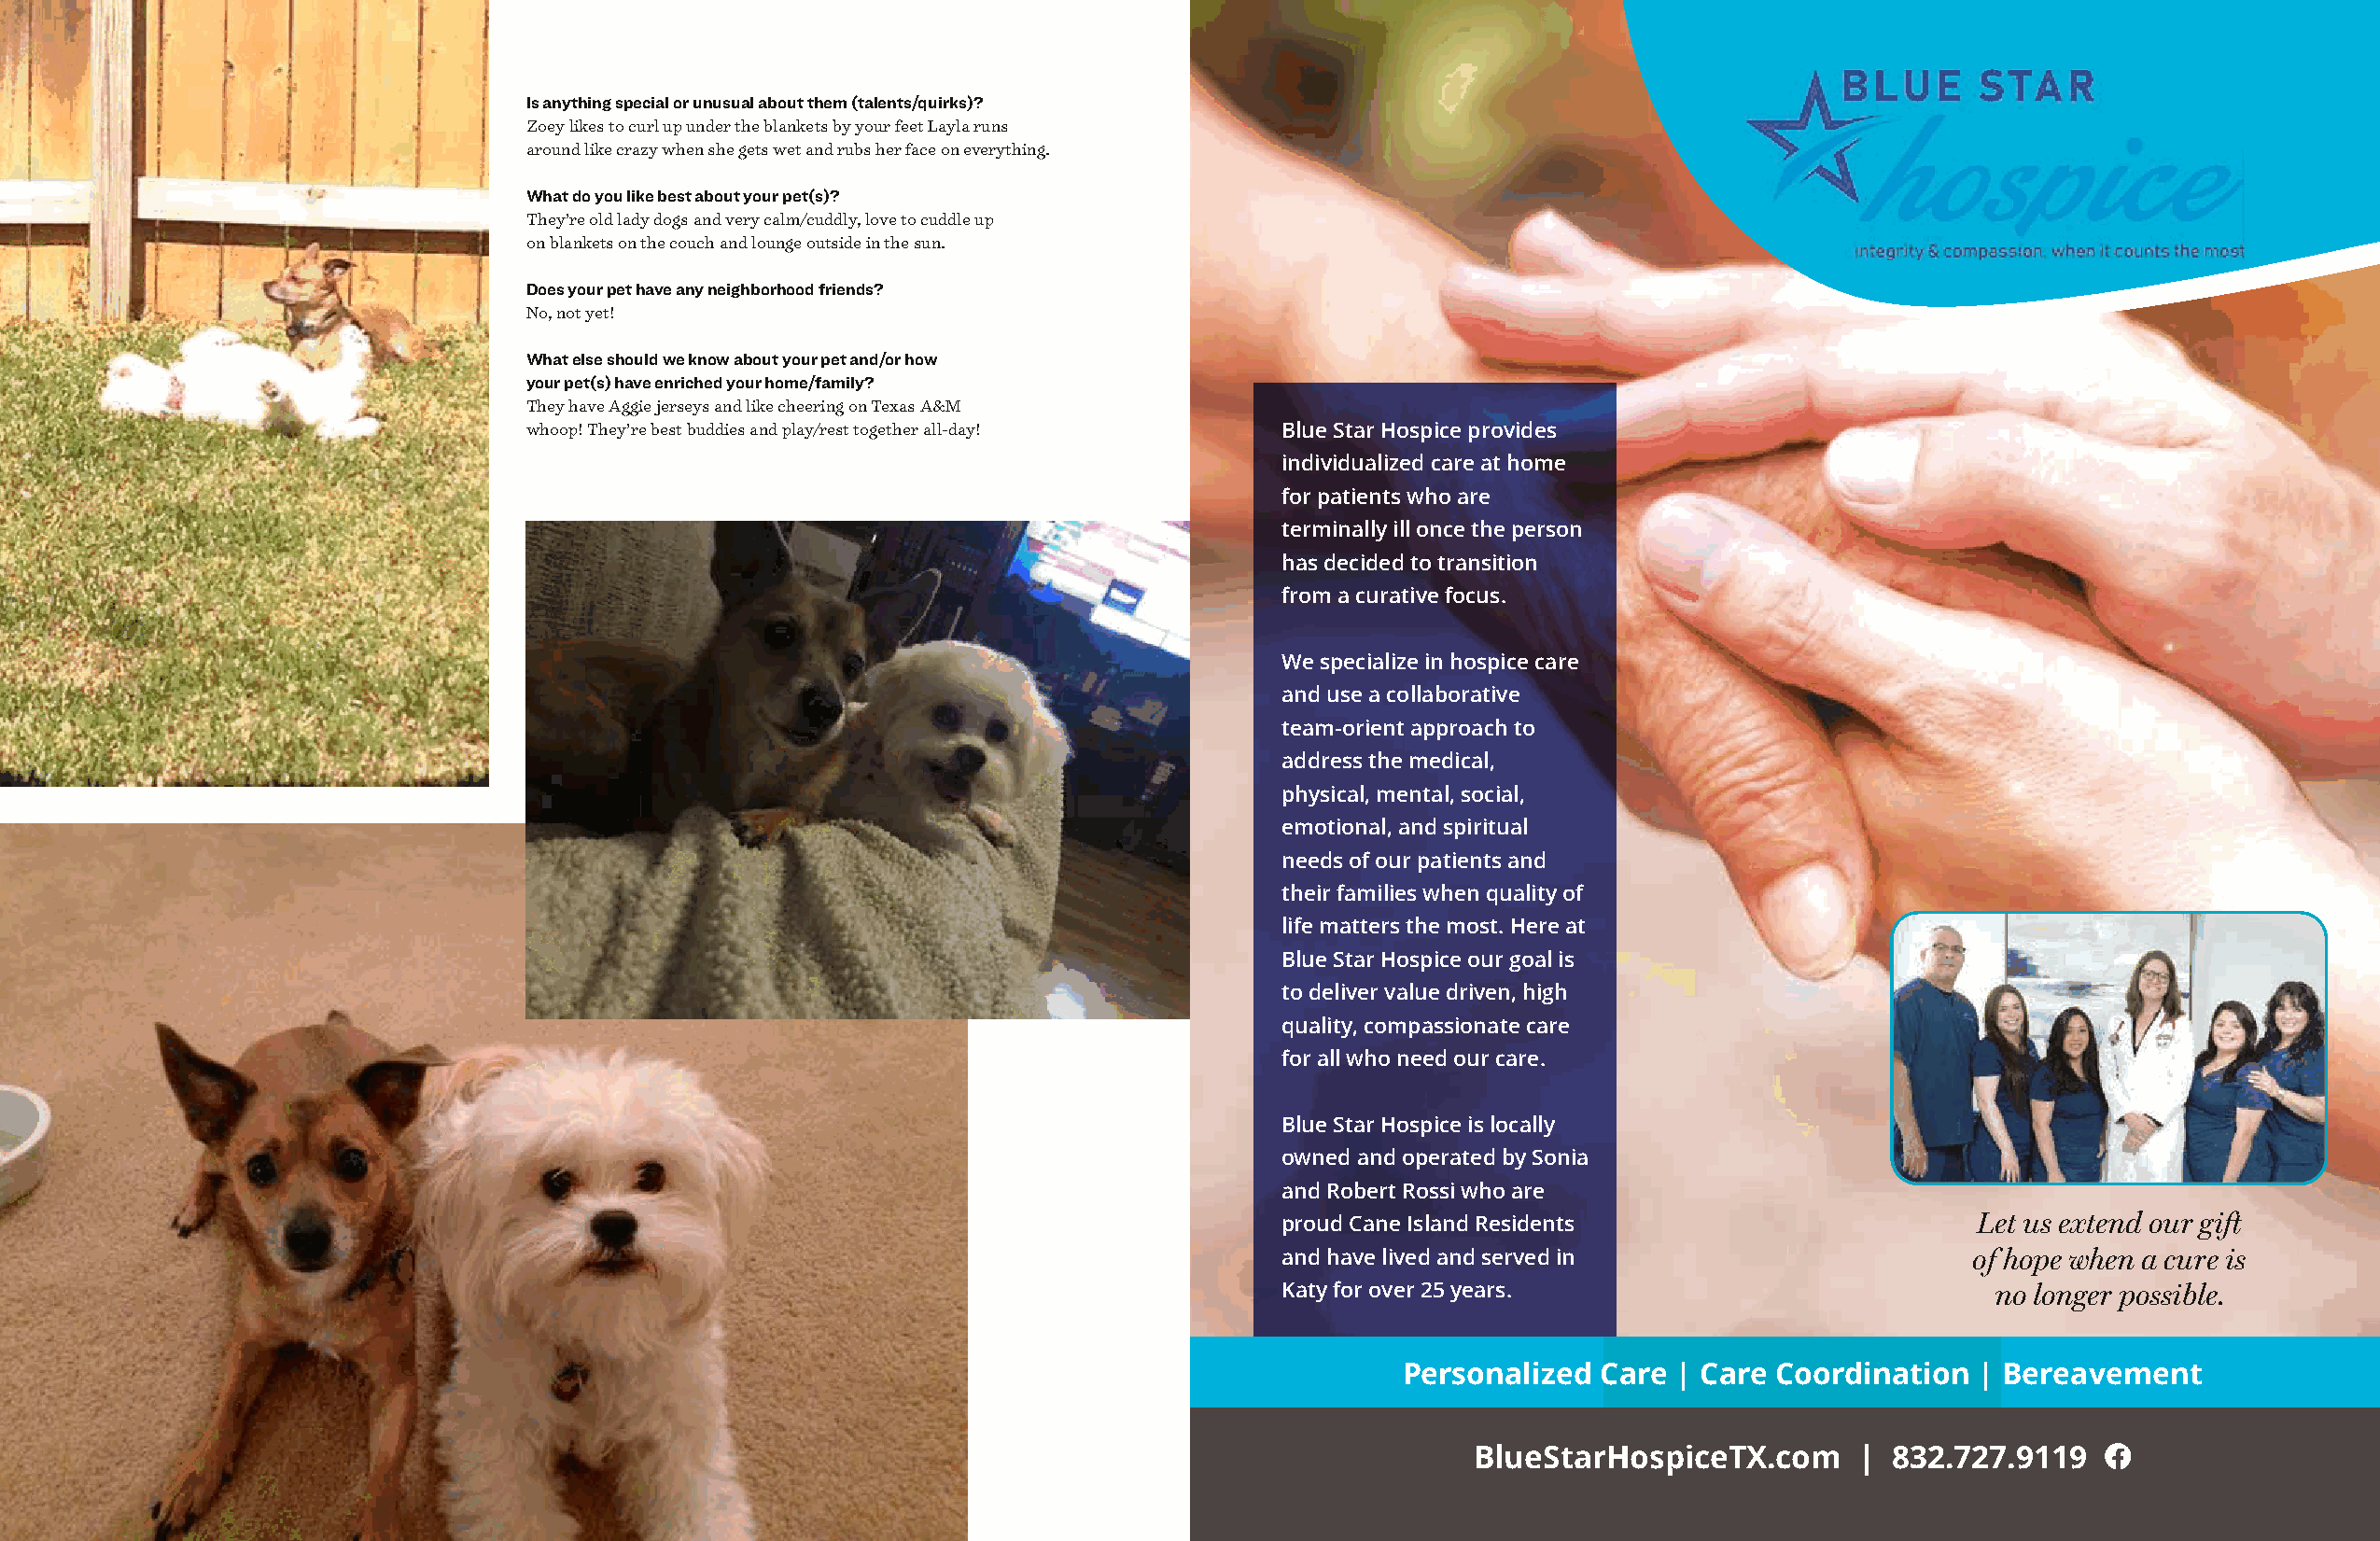
Is anything special or unusual about them (talents/quirks)?
 Zoey likes to curl up under the blankets by your feet Layla runs
 around like crazy when she gets wet and rubs her face on everything.
 What do you like best about your pet(s)?
 They’re old lady dogs and very calm/cuddly, love to cuddle up
 on blankets on the couch and lounge outside in the sun.
 Does your pet have any neighborhood friends?
 No, not yet!
 What else should we know about your pet and/or how
 your pet(s) have enriched your home/family?
 They have Aggie jerseys and like cheering on Texas A&M
 whoop! They’re best buddies and play/rest together all-day! Blue Star Hospice provides
 individualized care at home
 for patients who are
 terminally ill once the person
 has decided to transition
 from a curative focus.
 We specialize in hospice care
 and use a collaborative
 team-orient approach to
 address the medical,
 physical, mental, social,
 emotional, and spiritual
 needs of our patients and
 their families when quality of
 life matters the most. Here at
 Blue Star Hospice our goal is
 to deliver value driven, high
 quality, compassionate care
 for all who need our care.
 Blue Star Hospice is locally
 owned and operated by Sonia
 and Robert Rossi who are
 proud Cane Island Residents                      Let us extend our gift
 and have lived and served in                     of hope when a cure is
 Katy for over 25 years.                           no longer possible.
 Personalized Care  | Care Coordination  | Bereavement
 BlueStarHospiceTX.com      | 832.727.9119
 28 August 2023                                                                                                                                       Stroll Cane Island 29